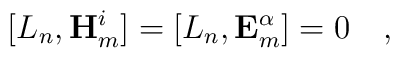
[L_n,\mathbf{H}^i_m]=[L_n,\mathbf{E}^\alpha_m]=0  \quad,